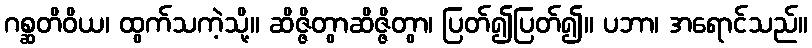
ဂစ္ဆတိဝိယ၊ ထွက်သကဲ့သို့။ ဆိဇ္ဇိတွာဆိဇ္ဇိတွာ၊ ပြတ်၍ပြတ်၍။ ပဘာ၊ အရောင်သည်။